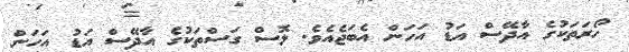
ހޯރަތަކުގެ އާދޭސް އަޑު އަހަން އެބަޖެއެވެ. ޅޮސް ގަސްތަކުގެ އާދޭސް އަޑު އަހަން